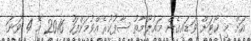
އަށް މި ކޯޓަށް ވަޑައިގެން މަޢުލޫމާތު ސާފުކުރެއްވުމަށްފަހު 2016 މޭ 4 ވަނަ